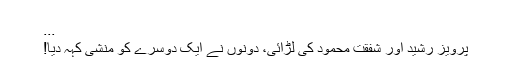
...
پرویز رشید اور شفقت محمود کی لڑائی، دونوں نے ایک دوسرے کو منشی کہہ دیا!